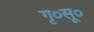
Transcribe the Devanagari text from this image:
गृ०सू०